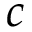
c